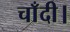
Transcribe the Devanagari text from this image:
चाँदी।